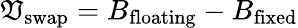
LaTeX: \mathfrak{V}_{\mathrm{{swap}}}=B_{\mathrm{{floating}}}-B_{\mathrm{{fixed}}}